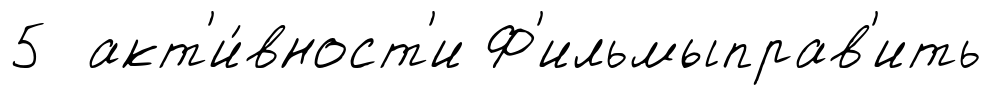
5 акт'и́вност'и Ф'ильмыправ'ить